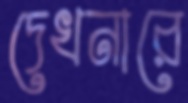
দেখনারে